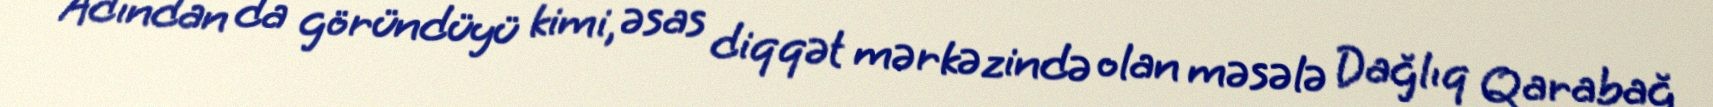
Adından da göründüyü kimi, əsas diqqət mərkəzində olan məsələ Dağlıq Qarabağ